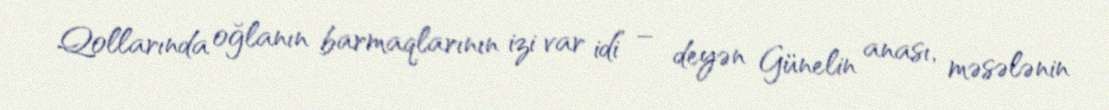
Qollarında oğlanın barmaqlarının izi var idi” – deyən Günelin anası, məsələnin